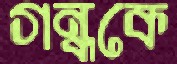
গন্ধকে